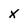
Character: x